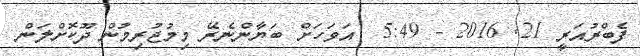
ފެބްރުއަރީ 21